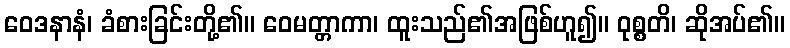
ဝေဒနာနံ၊ ခံစားခြင်းတို့၏။ ဝေမတ္တာကာ၊ ထူးသည်၏အဖြစ်ဟူ၍။ ဝုစ္စတိ၊ ဆိုအပ်၏။